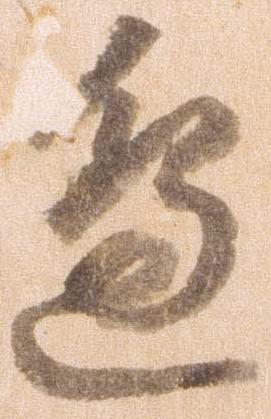
辺